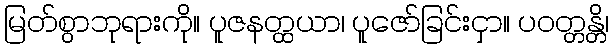
မြတ်စွာဘုရားကို။ ပူဇနတ္ထယာ၊ ပူဇော်ခြင်းငှာ။ ပဝတ္တန္တိ၊